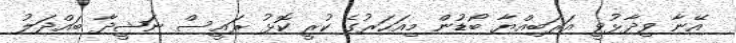
އޭނާ ވިދާޅުވީ އަރަބިއްޔާ ބޯޑުން މިއަހަރުގެ ކުރީ ކޮޅު ރައީސް ނަޝީދާ ބައްދަލު